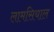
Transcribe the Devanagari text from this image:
लामसियाल